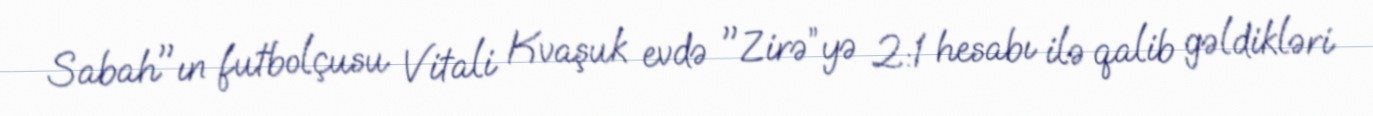
Sabah"ın futbolçusu Vitali Kvaşuk evdə "Zirə”yə 2:1 hesabı ilə qalib gəldikləri